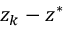
z _ { k } - z ^ { * }